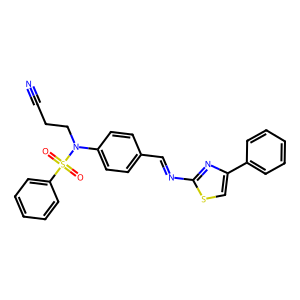
SMILES: N#CCCN(c1ccc(C=Nc2nc(-c3ccccc3)cs2)cc1)S(=O)(=O)c1ccccc1
Inhibits HIV replication: No